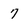
Character: 7